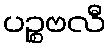
ပဉ္စဗလီ